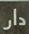
دار